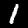
Label: 1